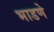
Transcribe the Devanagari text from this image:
भाडणे